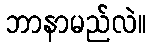
ဘာနာမည်လဲ။